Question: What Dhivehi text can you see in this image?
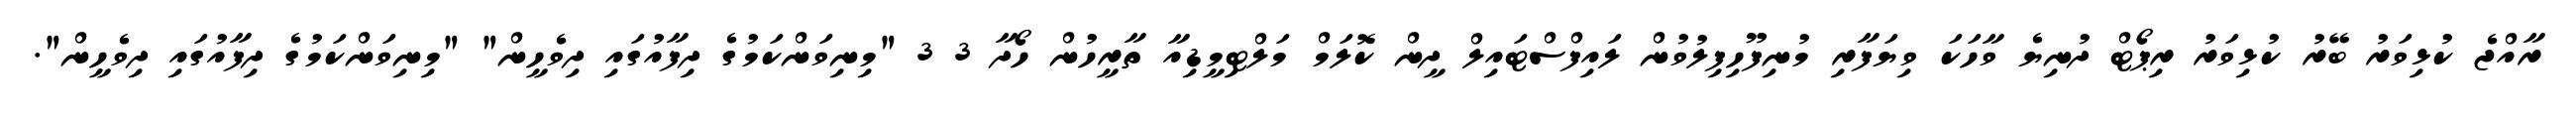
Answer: ރާއްޖެ ކުޅިވަރު ބޭރު ކުޅިވަރު ރިޕޯޓް ދުނިޔެ ވާހަކަ ވިޔަފާރި މުނިފޫހިފިލުވުން ލައިފްސްޓައިލް ދީން ކޮލަމް މަލްޓިމީޑިއާ ތާރީހުން ހޯދާ 3 3 "މިނިވަންކަމުގެ ދިފާއުގައި ދިވެހީން" "މިނިވަންކަމުގެ ދިފާއުގައި ދިވެހީން".